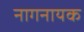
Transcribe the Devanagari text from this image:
नागनायक